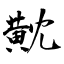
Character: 黆